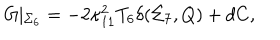
LaTeX: G \vert _ { \Sigma _ { 6 } } = - 2 \kappa _ { 1 1 } ^ { 2 } T _ { 6 } \delta ( \Sigma _ { 7 } , Q ) + d C ,